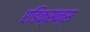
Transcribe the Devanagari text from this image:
एडिक्सन्स